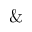
\&